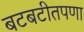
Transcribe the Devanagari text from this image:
बटबटीतपणा